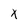
Character: x